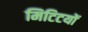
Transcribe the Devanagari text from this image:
मिटिटयों